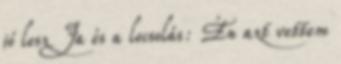
jó lesz Ja és a locsolás: Én azt vettem